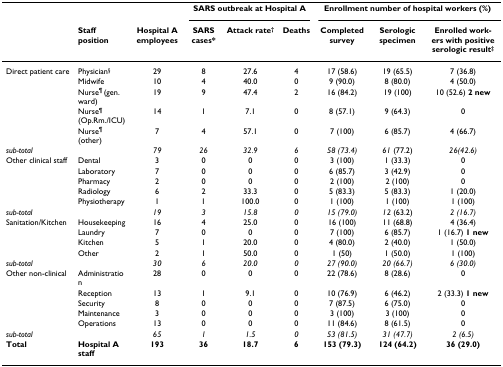
<table><thead><tr><td></td><td></td><td></td><td colspan="3"><b>SARS outbreak at Hospital A</b></td><td colspan="3"><b>Enrollment number of hospital workers (%)</b></td></tr><tr><td></td><td><b>Staff position</b></td><td><b>Hospital A employees</b></td><td><b>SARS cases*</b></td><td><b>Attack rate<sup>†</sup></b></td><td><b>Deaths</b></td><td><b>Completed survey</b></td><td><b>Serologic specimen</b></td><td><b>Enrolled workers with positive serologic result<sup>‡</sup></b></td></tr></thead><tbody><tr><td>Direct patient care</td><td>Physician<sup>§</sup></td><td>29</td><td>8</td><td>27.6</td><td>4</td><td>17 (58.6)</td><td>19 (65.5)</td><td>7 (36.8)</td></tr><tr><td></td><td>Midwife</td><td>10</td><td>4</td><td>40.0</td><td>0</td><td>9 (90.0)</td><td>8 (80.0)</td><td>4 (50.0)</td></tr><tr><td></td><td>Nurse<sup>¶ </sup>(gen. ward)</td><td>19</td><td>9</td><td>47.4</td><td>2</td><td>16 (84.2)</td><td>19 (100)</td><td>10 (52.6) <b>2 new</b></td></tr><tr><td></td><td>Nurse<sup>¶ </sup>(Op.Rm./ICU)</td><td>14</td><td>1</td><td>7.1</td><td>0</td><td>8 (57.1)</td><td>9 (64.3)</td><td>0</td></tr><tr><td></td><td>Nurse<sup>¶ </sup>(other)</td><td>7</td><td>4</td><td>57.1</td><td>0</td><td>7 (100)</td><td>6 (85.7)</td><td>4 (66.7)</td></tr><tr><td><i>sub-total</i></td><td></td><td><i>79</i></td><td><i>26</i></td><td><i>32.9</i></td><td><i>6</i></td><td><i>58 (73.4)</i></td><td><i>61 </i>(77.2)</td><td><i>26(42.6)</i></td></tr><tr><td>Other clinical staff</td><td>Dental</td><td>3</td><td>0</td><td>0</td><td>0</td><td>3 (100)</td><td>1 (33.3)</td><td>0</td></tr><tr><td></td><td>Laboratory</td><td>7</td><td>0</td><td>0</td><td>0</td><td>6 (85.7)</td><td>3 (42.9)</td><td>0</td></tr><tr><td></td><td>Pharmacy</td><td>2</td><td>0</td><td>0</td><td>0</td><td>2 (100)</td><td>2 (100)</td><td>0</td></tr><tr><td></td><td>Radiology</td><td>6</td><td>2</td><td>33.3</td><td>0</td><td>5 (83.3)</td><td>5 (83.3)</td><td>1 (20.0)</td></tr><tr><td></td><td>Physiotherapy</td><td>1</td><td>1</td><td>100.0</td><td>0</td><td>1 (100)</td><td>1 (100)</td><td>1 (100)</td></tr><tr><td><i>sub-total</i></td><td></td><td><i>19</i></td><td><i>3</i></td><td><i>15.8</i></td><td><i>0</i></td><td><i>15 (79.0)</i></td><td><i>12 </i>(63.2)</td><td><i>2 (16.7)</i></td></tr><tr><td>Sanitation/Kitchen</td><td>Housekeeping</td><td>16</td><td>4</td><td>25.0</td><td>0</td><td>16 (100)</td><td>11 (68.8)</td><td>4 (36.4)</td></tr><tr><td></td><td>Laundry</td><td>7</td><td>0</td><td>0</td><td>0</td><td>7 (100)</td><td>6 (85.7)</td><td>1 (16.7) <b>1 new</b></td></tr><tr><td></td><td>Kitchen</td><td>5</td><td>1</td><td>20.0</td><td>0</td><td>4 (80.0)</td><td>2 (40.0)</td><td>1 (50.0)</td></tr><tr><td></td><td>Other</td><td>2</td><td>1</td><td>50.0</td><td>0</td><td>1 (50)</td><td>1 (50.0)</td><td>1 (100)</td></tr><tr><td><i>sub-total</i></td><td></td><td><i>30</i></td><td><i>6</i></td><td><i>20.0</i></td><td><i>0</i></td><td><i>27 (90.0)</i></td><td><i>20 (66.7)</i></td><td><i>6 (30.0)</i></td></tr><tr><td>Other non-clinical</td><td>Administration</td><td>28</td><td>0</td><td>0</td><td>0</td><td>22 (78.6)</td><td>8 (28.6)</td><td>0</td></tr><tr><td></td><td>Reception</td><td>13</td><td>1</td><td>9.1</td><td>0</td><td>10 (76.9)</td><td>6 (46.2)</td><td>2 (33.3) <b>1 new</b></td></tr><tr><td></td><td>Security</td><td>8</td><td>0</td><td>0</td><td>0</td><td>7 (87.5)</td><td>6 (75.0)</td><td>0</td></tr><tr><td></td><td>Maintenance</td><td>3</td><td>0</td><td>0</td><td>0</td><td>3 (100)</td><td>3 (100)</td><td>0</td></tr><tr><td></td><td>Operations</td><td>13</td><td>0</td><td>0</td><td>0</td><td>11 (84.6)</td><td>8 (61.5)</td><td>0</td></tr><tr><td><i>sub-total</i></td><td></td><td><i>65</i></td><td><i>1</i></td><td><i>1.5</i></td><td><i>0</i></td><td><i>53 (81.5)</i></td><td><i>31 (47.7)</i></td><td><i>2 (6.5)</i></td></tr><tr><td><b>Total</b></td><td><b>Hospital A staff</b></td><td><b>193</b></td><td><b>36</b></td><td><b>18.7</b></td><td><b>6</b></td><td><b>153 (79.3)</b></td><td><b>124 (64.2)</b></td><td><b>36 (29.0)</b></td></tr></tbody></table>